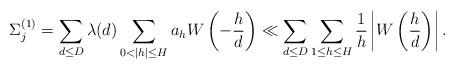
LaTeX: \begin{align*}\Sigma_{j}^{(1)}=\sum_{d\leq D}\lambda(d)\sum_{0<|h|\leq H}a_{h}W\left(-\frac{h}{d}\right)\ll\sum_{d\leq D}\sum_{1\leq h\leq H}\frac{1}{h}\left|W\left(\frac{h}{d}\right)\right|.\end{align*}